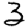
Digit: 3